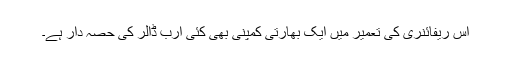
اس ریفائنری کی تعمیر میں ایک بھارتی کمپنی بھی کئی ارب ڈالر کی حصہ دار ہے۔